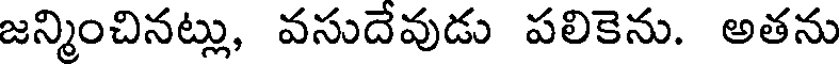
జన్మించినట్లు, వసుదేవుడు పలికెను. అతను